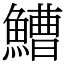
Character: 鰽